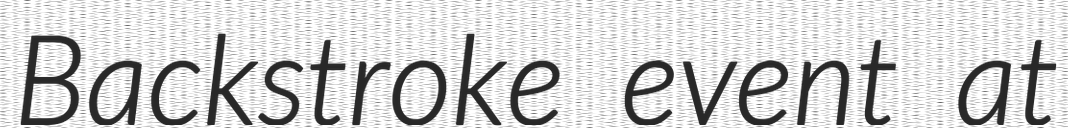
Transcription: Backstroke event at